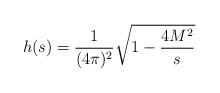
LaTeX: \begin{align*}h(s)=\frac 1{(4\pi )^2}\sqrt{1-\frac{4M^2}s} \end{align*}